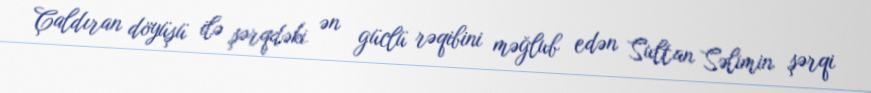
Çaldıran döyüşü ilə şərqdəki ən güclü rəqibini məğlub edən Sultan Səlimin şərqi